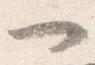
一